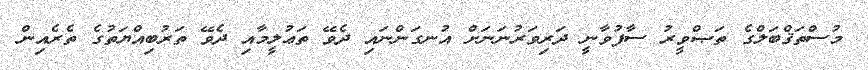
މުސްތަޤްބަލްގެ ތަޞްވީރު ސާފުވާނީ ދަރިވަރުނަނަށް އުނގަންނައި ދެވޭ ތަޢުލީމާއި ދެވޭ ތަރުބިއްޔަތުގެ ތެރެއިން